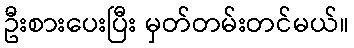
ဦးစားပေးပြီး မှတ်တမ်းတင်မယ်။